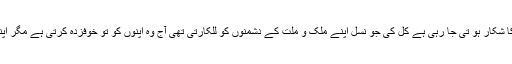
علاوہ اس کے ہمارا آجکل کا نوجوان ہماری نوجوان نسل بزدلی کا شکار ہو تی جا رہی ہے کل کی جو نسل اپنے ملک و ملت کے دشمنوں کو للکارتی تھی آج وہ اپنوں کو تو خوفزدہ کرتی ہے مگر اپنے روائتی دشمنوں ہنود و یہود کی للکار کا جواب تک نہیں دیتی۔